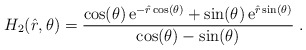
\begin{align*}H_2(\hat{r},\theta) = \frac{\cos(\theta) \,{\rm e}^{-\hat{r} \cos(\theta)} + \sin(\theta) \,{\rm e}^{\hat{r} \sin(\theta)}}{\cos(\theta) - \sin(\theta)} \;.\end{align*}